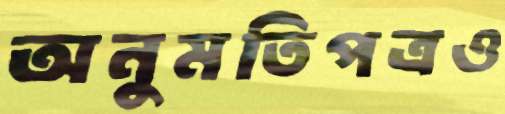
অনুমতিপত্রও